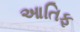
આતિફ